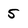
Character: 5